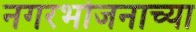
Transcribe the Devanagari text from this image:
नगरभोजनाच्या